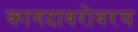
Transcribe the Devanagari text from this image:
कागदाबरोबरच